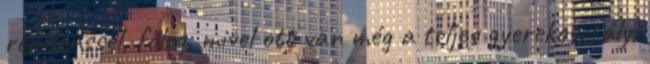
rezidenssel, főleg, mivel ott van még a teljes gyerekosztály,